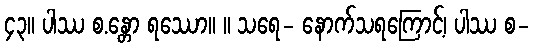
၄၃။ ပါဿ စ.န္တော ရဿော။ ။ သရေ- နောက်သရကြောင့်၊ ပါဿ စ-